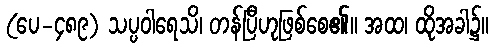
(ပေ-၄၈၉) သပ္ပဝါရေသိ၊ တန်ပြီဟုဖြစ်စေ၏။ အထ၊ ထိုအခါ၌။